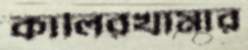
কালিরখামার